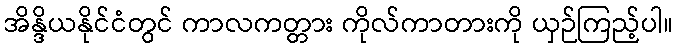
အိန္ဒိယနိုင်ငံတွင် ကာလကတ္တား ကိုလ်ကာတားကို ယှဉ်ကြည့်ပါ။